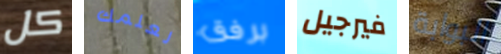
كل لعلمك برفق فيرجيل البوابة